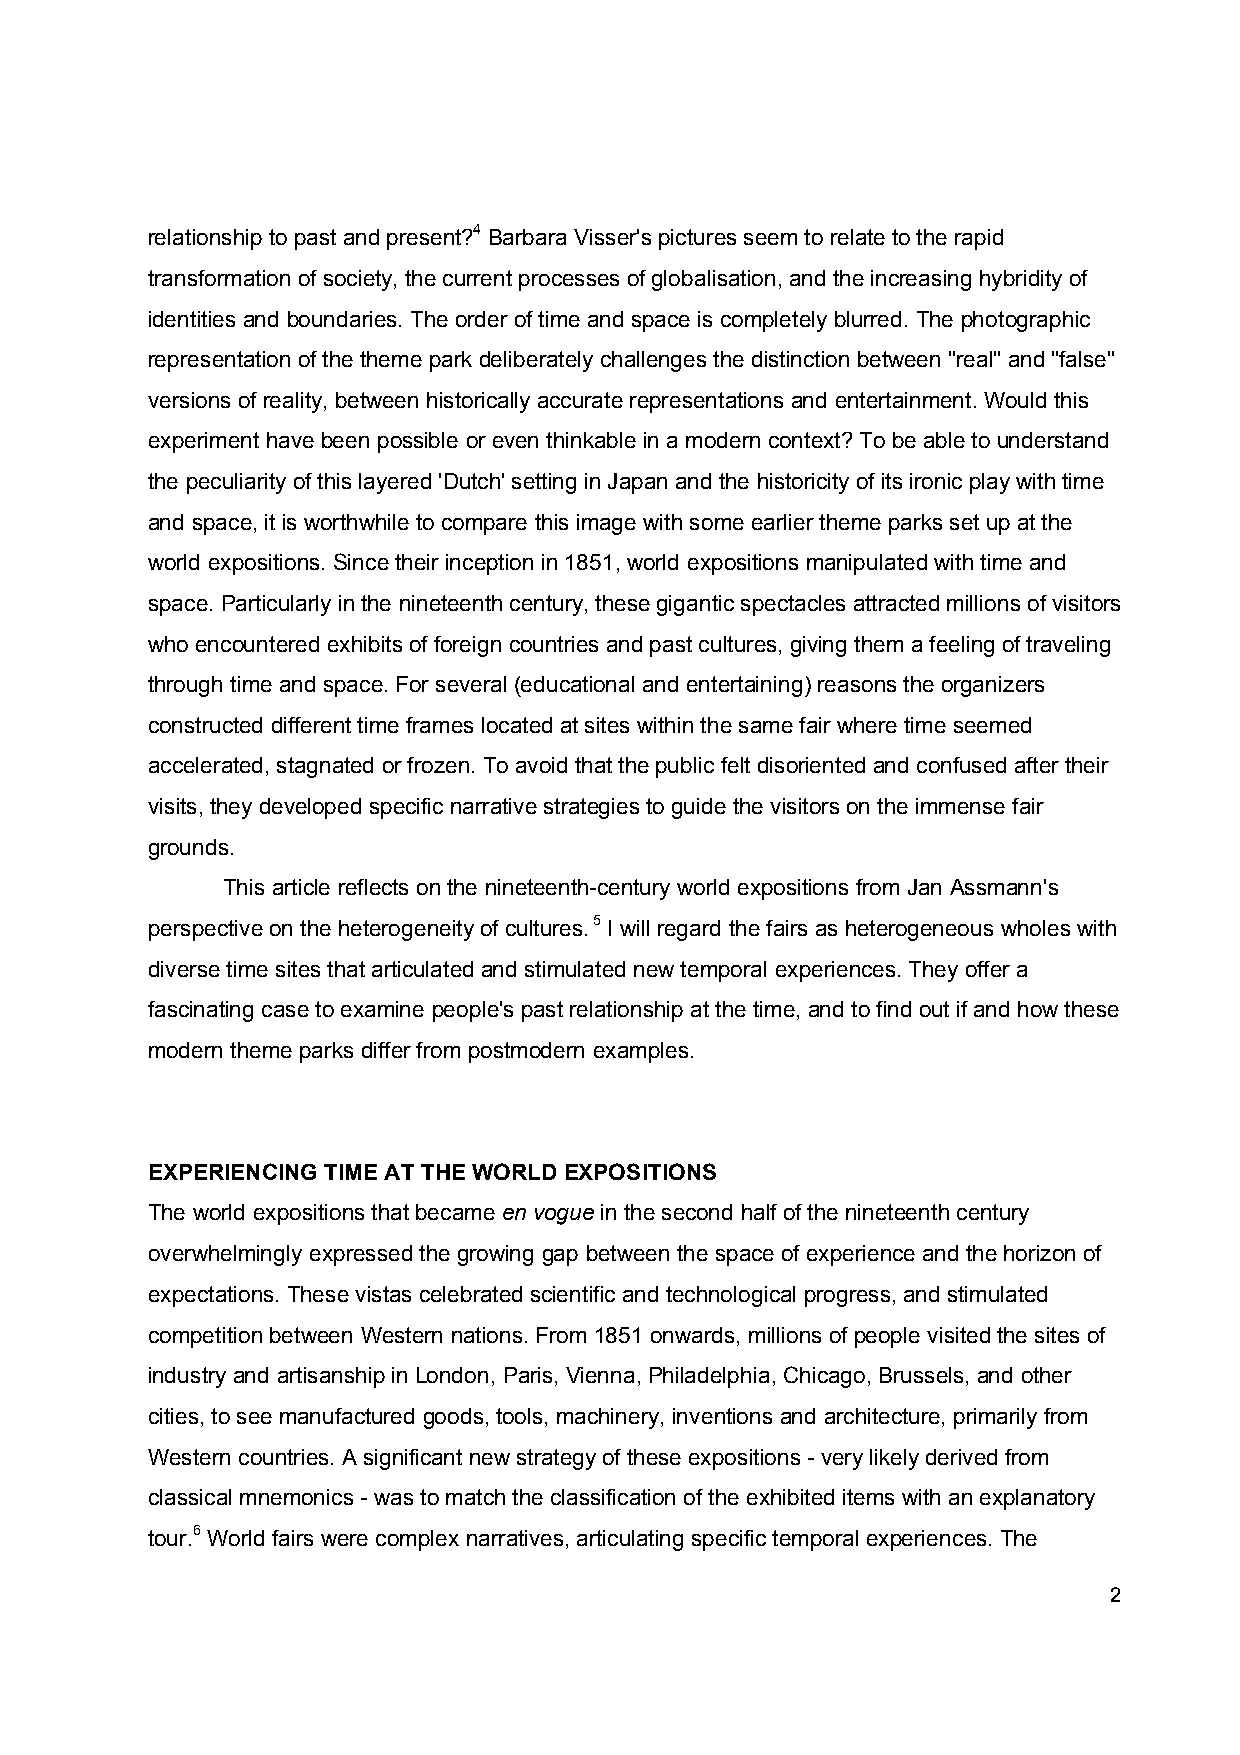
relationship to past and present?4 Barbara Visser's pictures seem to relate to the rapid
 transformation of society, the current processes of globalisation, and the increasing hybridity of
 identities and boundaries. The order of time and space is completely blurred. The photographic
 representation of the theme park deliberately challenges the distinction between "real" and "false"
 versions of reality, between historically accurate representations and entertainment. Would this
 experiment have been possible or even thinkable in a modern context? To be able to understand
 the peculiarity of this layered 'Dutch' setting in Japan and the historicity of its ironic play with time
 and space, it is worthwhile to compare this image with some earlier theme parks set up at the
 world expositions. Since their inception in 1851, world expositions manipulated with time and
 space. Particularly in the nineteenth century, these gigantic spectacles attracted millions of visitors
 who encountered exhibits of foreign countries and past cultures, giving them a feeling of traveling
 through time and space. For several (educational and entertaining) reasons the organizers
 constructed different time frames located at sites within the same fair where time seemed
 accelerated, stagnated or frozen. To avoid that the public felt disoriented and confused after their
 visits, they developed specific narrative strategies to guide the visitors on the immense fair
 grounds.
 This article reflects on the nineteenth-century world expositions from Jan Assmann's
 perspective on the heterogeneity of cultures. 5 I will regard the fairs as heterogeneous wholes with
 diverse time sites that articulated and stimulated new temporal experiences. They offer a
 fascinating case to examine people's past relationship at the time, and to find out if and how these
 modern theme parks differ from postmodern examples.
 EXPERIENCING TIME AT THE WORLD EXPOSITIONS
 The world expositions that became en vogue in the second half of the nineteenth century
 overwhelmingly expressed the growing gap between the space of experience and the horizon of
 expectations. These vistas celebrated scientific and technological progress, and stimulated
 competition between Western nations. From 1851 onwards, millions of people visited the sites of
 industry and artisanship in London, Paris, Vienna, Philadelphia, Chicago, Brussels, and other
 cities, to see manufactured goods, tools, machinery, inventions and architecture, primarily from
 Western countries. A significant new strategy of these expositions - very likely derived from
 classical mnemonics - was to match the classification of the exhibited items with an explanatory
 tour.6 World fairs were complex narratives, articulating specific temporal experiences. The
 2